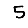
Digit: 5